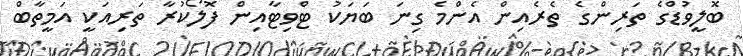
ބޮލީވުޑްގެ ތަރިންގެ ތެރެއިން އެންމެ ގިނަ ބަޔަކު ޓްވިޓާއިން ފޮލޯކުރާ ތަރިއަކީ އަމީތާބް